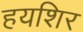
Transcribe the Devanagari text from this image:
हयशिर